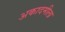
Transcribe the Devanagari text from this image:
अकादमीला